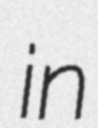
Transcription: in